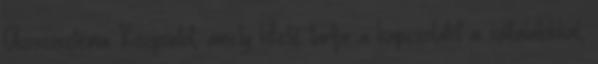
Ökoszisztéma Központot, amely kifelé tartja a kapcsolatot a vállalatokkal,